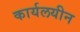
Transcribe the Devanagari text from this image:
कार्यलयीन